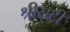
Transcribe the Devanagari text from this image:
श्रीसटी